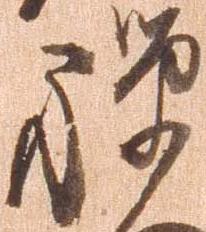
禅